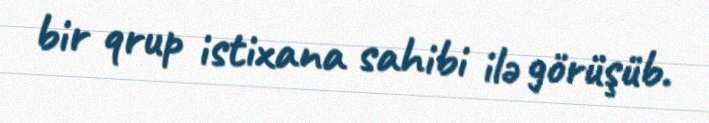
bir qrup istixana sahibi ilə görüşüb.